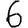
Digit: 6